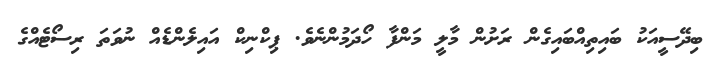
ބިދޭސީއަކު ބައިތިއްބައިގެން ރަށުން މާލީ މަންފާ ހޯދަމުންނެވެ. ޕިކްނިކް އައިލެންޑެއް ނުވަތަ ރިސޯޓެއްގެ